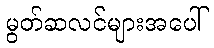
မွတ်ဆလင်များအပေါ်